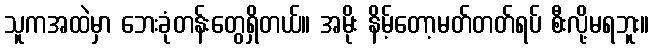
သူကအထဲမှာ ဘေးခုံတန်းတွေရှိတယ်။ အမိုး နိမ့်တော့မတ်တတ်ရပ် စီးလို့မရဘူး။